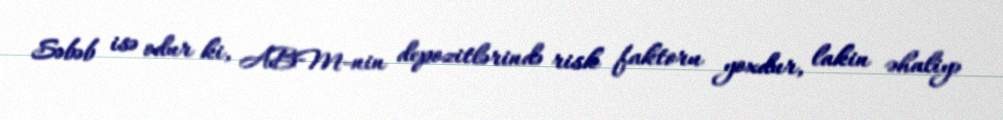
Səbəb isə odur ki, ABM-nin depozitlərində risk faktoru yoxdur, lakin əhaliyə